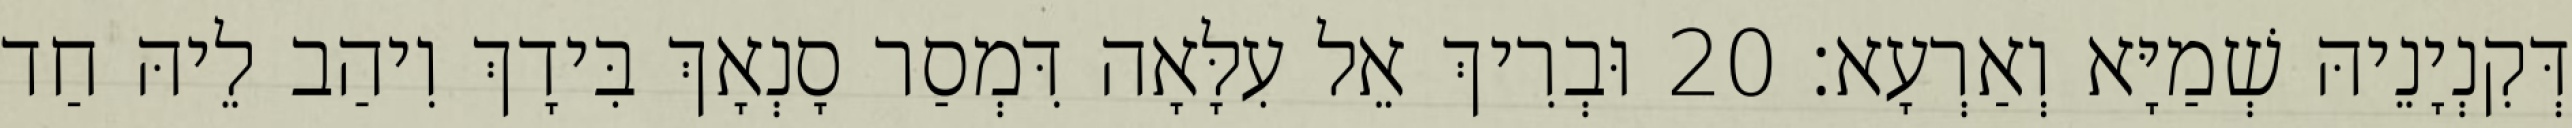
דְּקִנְיָנֵיהּ שְׁמַיָּא וְאַרְעָא׃ 20 וּבְרִיךְ אֵל עִלָּאָה דִּמְסַר סָנְאָךְ בִּידָךְ וִיהַב לֵיהּ חַד